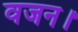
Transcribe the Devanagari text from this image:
वजन।